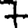
Digit: 7